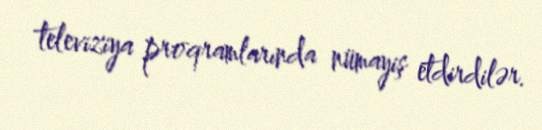
televiziya proqramlarında nümayiş etdirdilər.